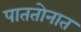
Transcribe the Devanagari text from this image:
पाततोनात